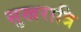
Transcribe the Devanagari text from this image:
सुखरात्रि